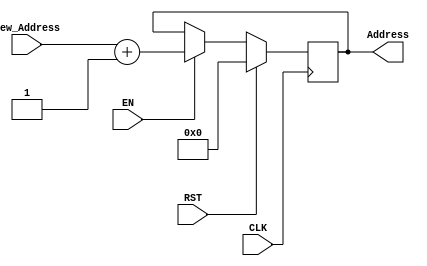
module PCREG(CLK, RST, EN, New_Address, Address);

input CLK, EN, RST;
input [9:0] New_Address;
output reg [9:0] Address;


always @(posedge CLK)
begin
	if (RST)
		Address <= 10'b0;
	else
		if (EN)
			Address <= New_Address + 1;
end
endmodule